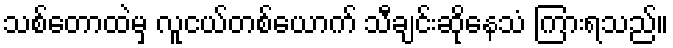
သစ်တောထဲမှ လူငယ်တစ်ယောက် သီချင်းဆိုနေသံ ကြားရသည်။